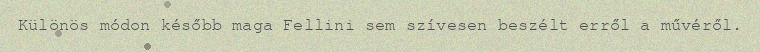
Különös módon később maga Fellini sem szívesen beszélt erről a művéről.